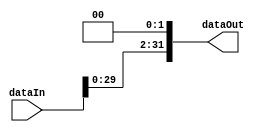
module shiftLeftTwice (
input [31:0] dataIn,
output [31:0] dataOut
);

assign dataOut = dataIn<<2;

endmodule